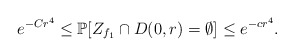
\begin{align*} e^{-Cr^4}\leq \mathbb P[ Z_{f_1}\cap D(0,r)=\emptyset]\leq e^{-cr^4}.\end{align*}